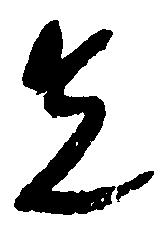
先